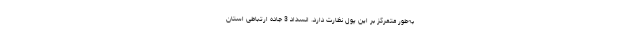
به‌طور متمرکز بر این پول نظارت دارد. انسداد 3 جاده ارتباطی استان